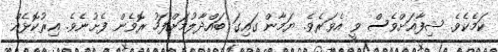
ކަމެކެވެ. ޝިފާއަށްވެސް ވީ އެވަރެވެ. ޔަމާން ގައިގަ ބައްދާލުމަށްފަހު ރޮވެން ފެށުނެވެ. އިރުކޮޅެއް